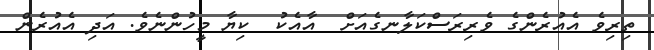
ތިރިވެ އެއުރެންގެ ވެރިރަސްކަލާނގެއަށް  އާއެކު  ކިޔާ މީހުންނެވެ. އަދި އެއުރެން